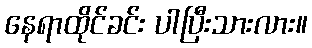
နေရာထိုင်ခင်း ပါပြီးသားလား။